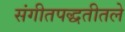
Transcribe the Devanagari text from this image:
संगीतपद्धतीतले